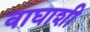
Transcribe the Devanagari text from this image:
वाघाशी